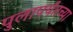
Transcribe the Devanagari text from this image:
पुलापर्यंतच्या